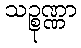
သဉ္စုဏ္ဏာ